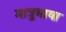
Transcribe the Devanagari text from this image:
मात्रुभाषा